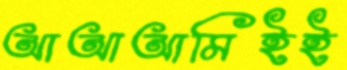
আআআমিইই